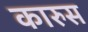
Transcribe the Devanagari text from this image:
कारुस